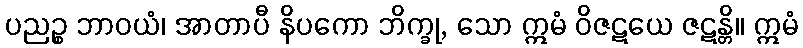
ပညဉ္စ ဘာဝယံ၊ အာတာပီ နိပကော ဘိက္ခု, သော ဣမံ ဝိဇဋယေ ဇဋန္တိ။ ဣမံ